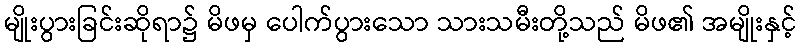
မျိုးပွားခြင်းဆိုရာ၌ မိဖမှ ပေါက်ပွားသော သားသမီးတို့သည် မိဖ၏ အမျိုးနှင့်